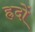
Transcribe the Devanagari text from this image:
ह्रदों